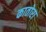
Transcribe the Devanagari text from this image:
कातोरा